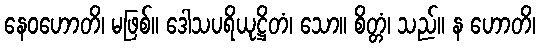
နေဝဟောတိ၊ မဖြစ်။ ဒေါသပရိယုဋ္ဌိတံ၊ သော။ စိတ္တံ၊ သည်။ န ဟောတိ၊